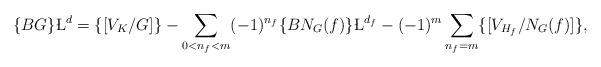
LaTeX: \begin{align*}\{BG\}\L^d=\{[V_K/G]\}-\sum_{0< n_f< m}(-1)^{n_f}\{BN_G(f)\}\L^{d_f}-(-1)^m\sum_{n_f=m}\{[V_{H_f}/N_G(f)]\},\end{align*}